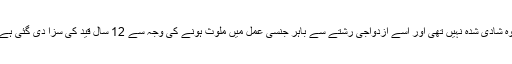
وہ شادی شدہ نہيں تھی اور اسے ازدواجی رشتے سے باہر جنسی عمل ميں ملوث ہونے کی وجہ سے 12 سال قيد کی سزا دی گئی ہے۔